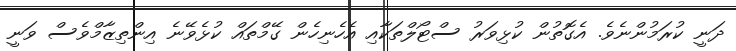
ދަނީ ކުރަމުންނެވެ. އެގޮތުން ކުޅިވަރު ސްޓޯލްތަކާއި އެހެނިހެން ގޭމްތައް ކުޅެވޭނެ އިންތިޒާމްވެސް ވަނީ